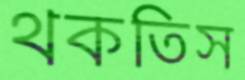
থকতিস